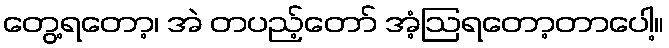
တွေ့ရတော့၊ အဲ တပည့်တော် အံ့ဩရတော့တာပေါ့။